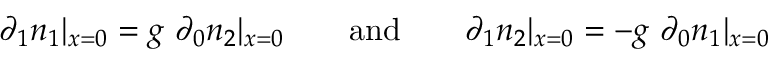
\partial _ { 1 } n _ { 1 } | _ { x = 0 } = g \, \, \partial _ { 0 } n _ { 2 } | _ { x = 0 } \qquad \mathrm { { a n d } } \qquad \partial _ { 1 } n _ { 2 } | _ { x = 0 } = - g \, \, \partial _ { 0 } n _ { 1 } | _ { x = 0 }